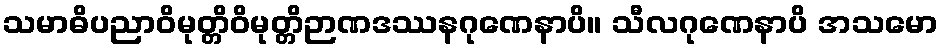
သမာဓိပညာဝိမုတ္တိဝိမုတ္တိဉာဏဒဿနဂုဏေနာပိ။ သီလဂုဏေနာပိ အသမော